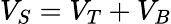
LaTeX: V_{S}=V_{T}+V_{B}